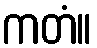
ကတံ။